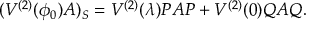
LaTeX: ( V ^ { ( 2 ) } ( \phi _ { 0 } ) A ) _ { S } = V ^ { ( 2 ) } ( \lambda ) P A P + V ^ { ( 2 ) } ( 0 ) Q A Q .